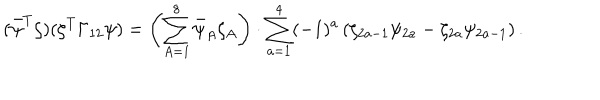
LaTeX: ( \bar { \psi } ^ { T } \zeta ) ( \zeta ^ { T } \Gamma _ { 1 2 } \psi ) = \left( \sum _ { A = 1 } ^ { 8 } \bar { \psi } _ { A } \zeta _ { A } \right) \cdot \sum _ { a = 1 } ^ { 4 } ( - 1 ) ^ { a } \left( \zeta _ { 2 a - 1 } \psi _ { 2 a } - \zeta _ { 2 a } \psi _ { 2 a - 1 } \right) .